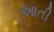
આતી